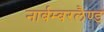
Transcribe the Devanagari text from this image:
नार्बम्बरलैण्ड